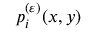
p _ { i } ^ { ( \varepsilon ) } ( x , y )